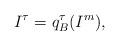
LaTeX: \begin{align*}I^\tau=q^\tau_B(I^m),\end{align*}